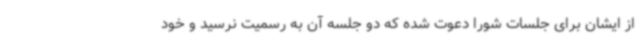
از ایشان برای جلسات شورا دعوت شده که دو جلسه آن به رسمیت نرسید و خود